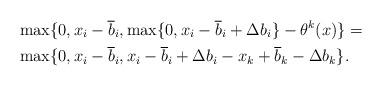
LaTeX: \begin{align*}&\max \{0, x_i - \overline{b}_i, \max \{0,x_i - \overline{b}_i + \Delta b_i\} - \theta^k(x)\} =\\ & \max\{0, x_i - \overline{b}_i, x_i - \overline{b}_i + \Delta b_i - x_k + \overline{b}_k - \Delta b_k\}.\end{align*}